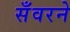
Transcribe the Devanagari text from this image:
सँवरने